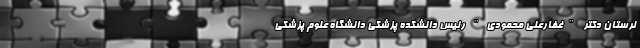
لرستان دکتر "غفارعلی محمودی" رئیس دانشکده پزشکی دانشگاه علوم پزشکی